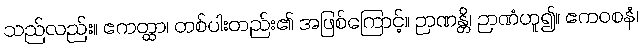
သည်လည်း။ ဧကတ္ထာ၊ တစ်ပါးတည်း၏ အဖြစ်ကြောင့်။ ဉာဏန္တိ၊ ဉာဏံဟူ၍။ ဧကဝစနံ၊